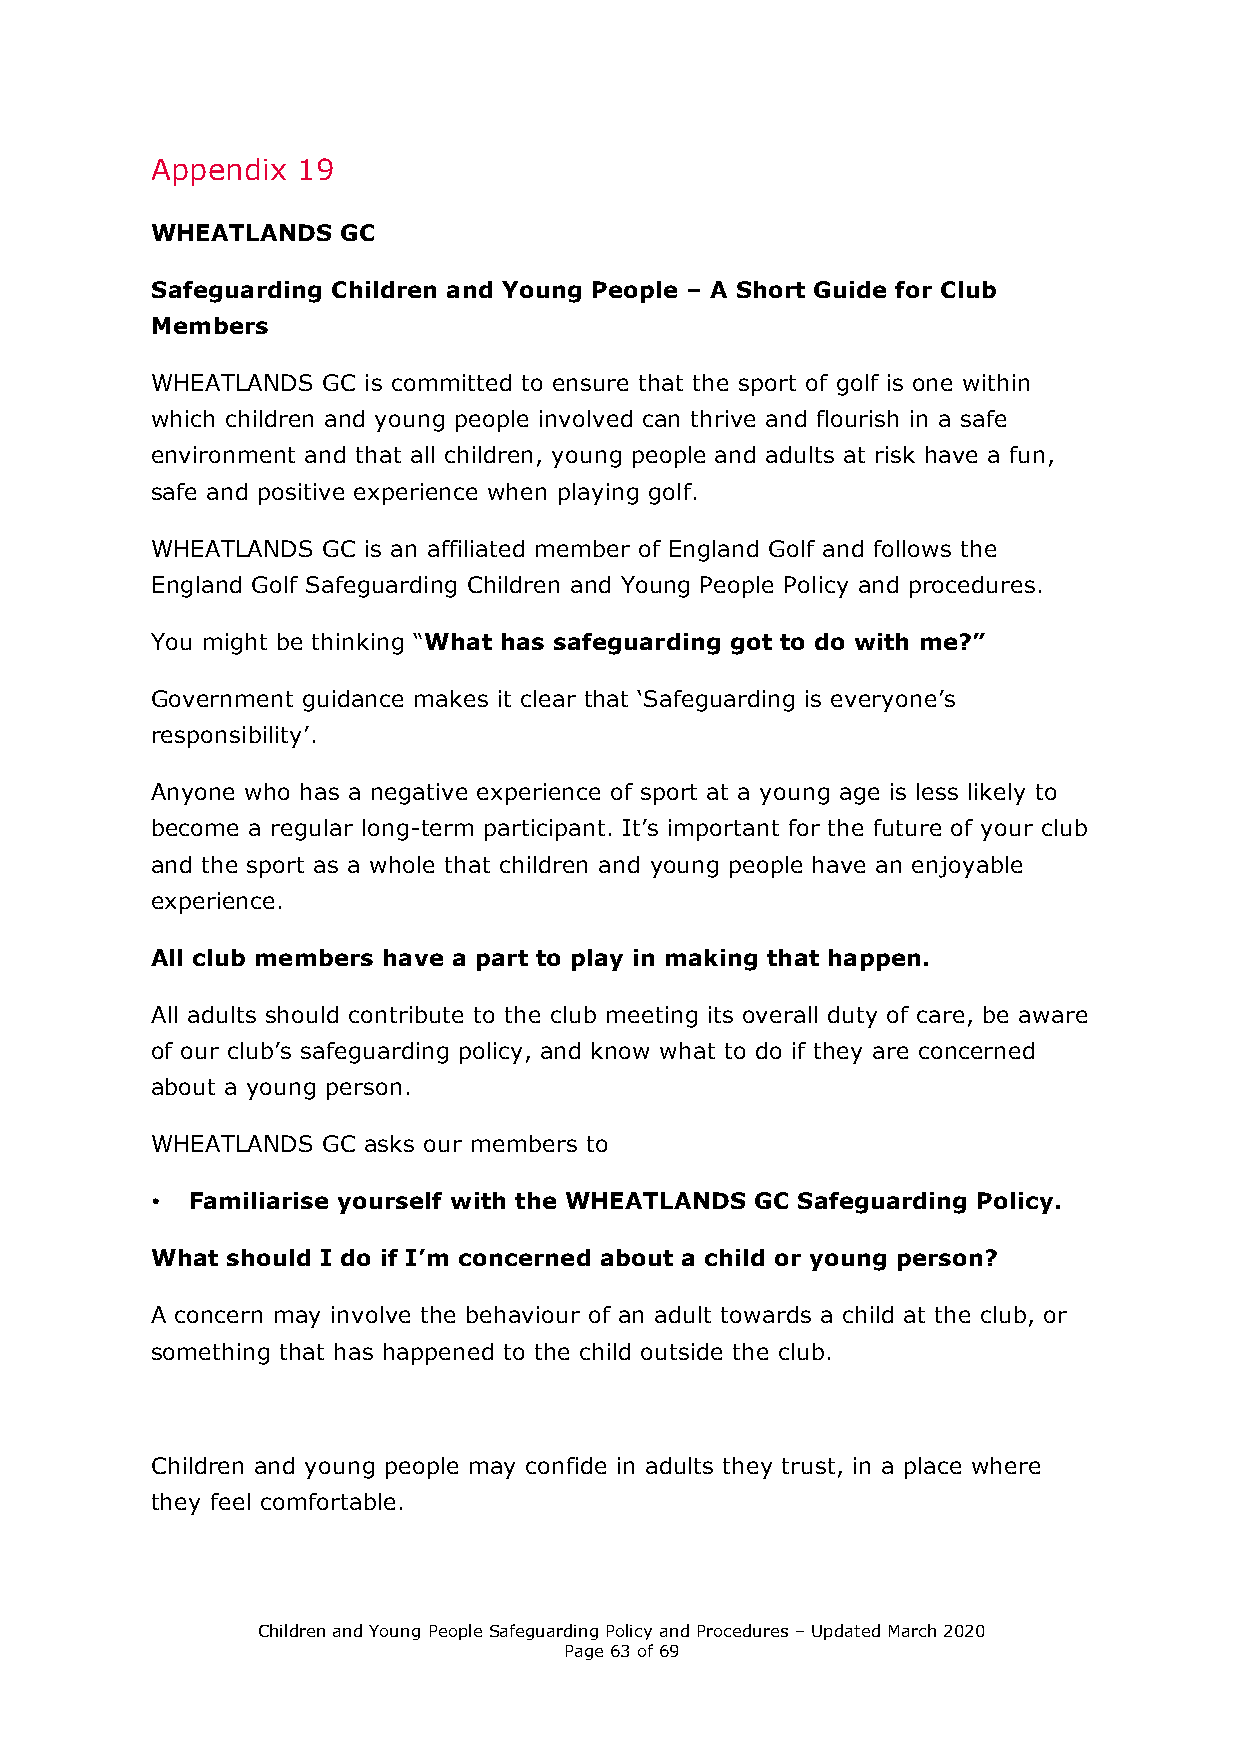
Appendix  19
 WHEATLANDS   GC
 Safeguarding Children and Young People – A Short Guide for Club
 Members
 WHEATLANDS GC is committed to ensure that the sport of golf is one within
 which children and young people involved can thrive and flourish in a safe
 environment and that all children, young people and adults at risk have a fun,
 safe and positive experience when playing golf.
 WHEATLANDS GC is an affiliated member of England Golf and follows the
 England Golf Safeguarding Children and Young People Policy and procedures.
 You might be thinking “What has safeguarding got to do with me?”
 Government guidance makes it clear that ‘Safeguarding is everyone’s
 responsibility’.
 Anyone who has a negative experience of sport at a young age is less likely to
 become a regular long-term participant. It’s important for the future of your club
 and the sport as a whole that children and young people have an enjoyable
 experience.
 All club members have a part to play in making that happen.
 All adults should contribute to the club meeting its overall duty of care, be aware
 of our club’s safeguarding policy, and know what to do if they are concerned
 about a young person.
 WHEATLANDS GC asks our members to
 • Familiarise yourself with the WHEATLANDS GC Safeguarding Policy.
 What should I do if I’m concerned about a child or young person?
 A concern may involve the behaviour of an adult towards a child at the club, or
 something that has happened to the child outside the club.
 Children and young people may confide in adults they trust, in a place where
 they feel comfortable.
 Children and Young People Safeguarding Policy and Procedures – Updated March 2020
 Page 63 of 69